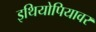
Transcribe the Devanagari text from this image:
इथियोपियावर